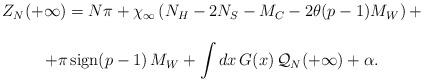
LaTeX: \begin{align*}\begin{array}{c}Z_{N}(+\infty )=N\pi +\chi _{\infty }\left( N_{H}-2N_{S}-M_{C}-2\theta (p-1)M_{W}\right) +\\\\+\pi \, \textrm{sign}(p-1)\, M_{W}+\displaystyle\int dx\, G(x)\, {\cal Q}_{N}(+\infty )+\alpha .\end{array}\end{align*}